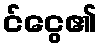
င်ငွေ၏